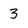
Character: 3